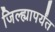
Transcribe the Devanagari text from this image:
जिल्ह्यापर्यंत